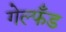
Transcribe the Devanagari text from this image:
गेल्फँड